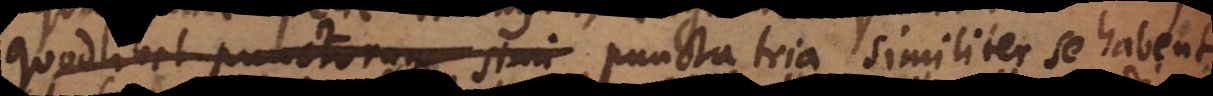
quodlibet punctorum simi puncta tria similiter se habent.